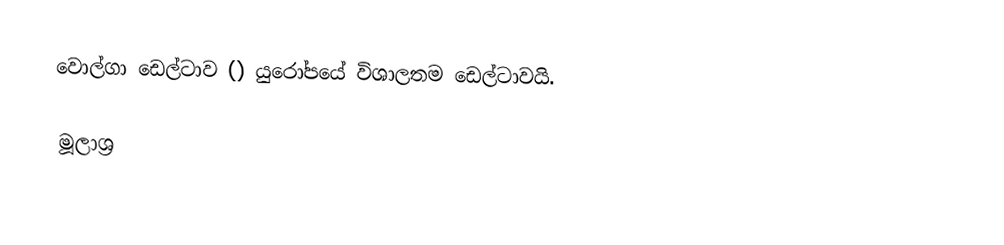
වොල්ගා ඩෙල්ටාව () යුරෝපයේ විශාලතම ඩෙල්ටාවයි.

මූලාශ්‍ර